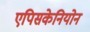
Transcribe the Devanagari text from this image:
एपिसकेनियोन